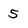
Character: 5